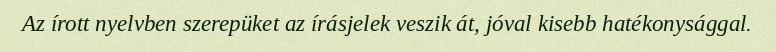
Az írott nyelvben szerepüket az írásjelek veszik át, jóval kisebb hatékonysággal.